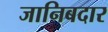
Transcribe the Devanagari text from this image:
जानिबदार